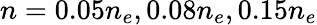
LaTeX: n=0.05n_{e},0.08n_{e},0.15n_{e}